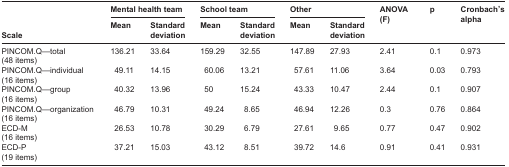
<table><thead><tr><td></td><td colspan="2"><b>Mental health team</b></td><td colspan="2"><b>School team</b></td><td colspan="2"><b>Other</b></td><td><b>ANOVA (F)</b></td><td><b>p</b></td><td><b>Cronbach&#x27;s alpha</b></td></tr><tr><td><b>Scale</b></td><td><b>Mean</b></td><td><b>Standard deviation</b></td><td><b>Mean</b></td><td><b>Standard deviation</b></td><td><b>Mean</b></td><td><b>Standard deviation</b></td><td></td><td></td><td></td></tr></thead><tbody><tr><td>PINCOM.Q—total</td><td>136.21</td><td>33.64</td><td>159.29</td><td>32.55</td><td>147.89</td><td>27.93</td><td>2.41</td><td>0.1</td><td>0.973</td></tr><tr><td>(48 items)</td><td></td><td></td><td></td><td></td><td></td><td></td><td></td><td></td><td></td></tr><tr><td>PINCOM.Q—individual</td><td> 49.11</td><td>14.15</td><td> 60.06</td><td>13.21</td><td> 57.61</td><td>11.06</td><td>3.64</td><td>0.03</td><td>0.793</td></tr><tr><td>(16 items)</td><td></td><td></td><td></td><td></td><td></td><td></td><td></td><td></td><td></td></tr><tr><td>PINCOM.Q—group</td><td> 40.32</td><td>13.96</td><td> 50</td><td>15.24</td><td> 43.33</td><td>10.47</td><td>2.44</td><td>0.1</td><td>0.907</td></tr><tr><td>(16 items)</td><td></td><td></td><td></td><td></td><td></td><td></td><td></td><td></td><td></td></tr><tr><td>PINCOM.Q—organization</td><td> 46.79</td><td>10.31</td><td> 49.24</td><td> 8.65</td><td> 46.94</td><td>12.26</td><td>0.3</td><td>0.76</td><td>0.864</td></tr><tr><td>(16 items)</td><td></td><td></td><td></td><td></td><td></td><td></td><td></td><td></td><td></td></tr><tr><td>ECD-M</td><td> 26.53</td><td>10.78</td><td> 30.29</td><td> 6.79</td><td> 27.61</td><td> 9.65</td><td>0.77</td><td>0.47</td><td>0.902</td></tr><tr><td>(16 items)</td><td></td><td></td><td></td><td></td><td></td><td></td><td></td><td></td><td></td></tr><tr><td>ECD-P</td><td> 37.21</td><td>15.03</td><td> 43.12</td><td> 8.51</td><td> 39.72</td><td>14.6</td><td>0.91</td><td>0.41</td><td>0.931</td></tr><tr><td>(19 items)</td><td></td><td></td><td></td><td></td><td></td><td></td><td></td><td></td><td></td></tr></tbody></table>